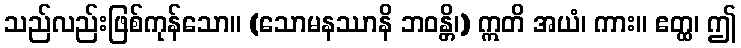
သည်လည်းဖြစ်ကုန်သော။ (သောမနဿာနိ ဘဝန္တိ၊) ဣတိ အယံ၊ ကား။ ဧတ္ထ၊ ဤ